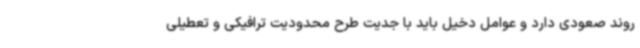
روند صعودی دارد و عوامل دخیل باید با جدیت طرح محدودیت ترافیکی و تعطیلی